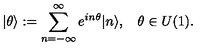
\vert \theta \rangle : = \sum _ { n = - \infty } ^ { \infty } e ^ { i n \theta } \vert n \rangle , \: \: \: \: \theta \in U ( 1 ) .